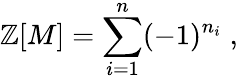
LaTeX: {\cal\mathbb{Z}}[M]=\sum_{i=1}^{n}(-1)^{n_{i}}\; ,